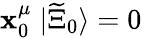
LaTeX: \mathbf{x}_{0}^{\mu}\; |\widetilde{{\Xi}}_{0}\rangle=0\,